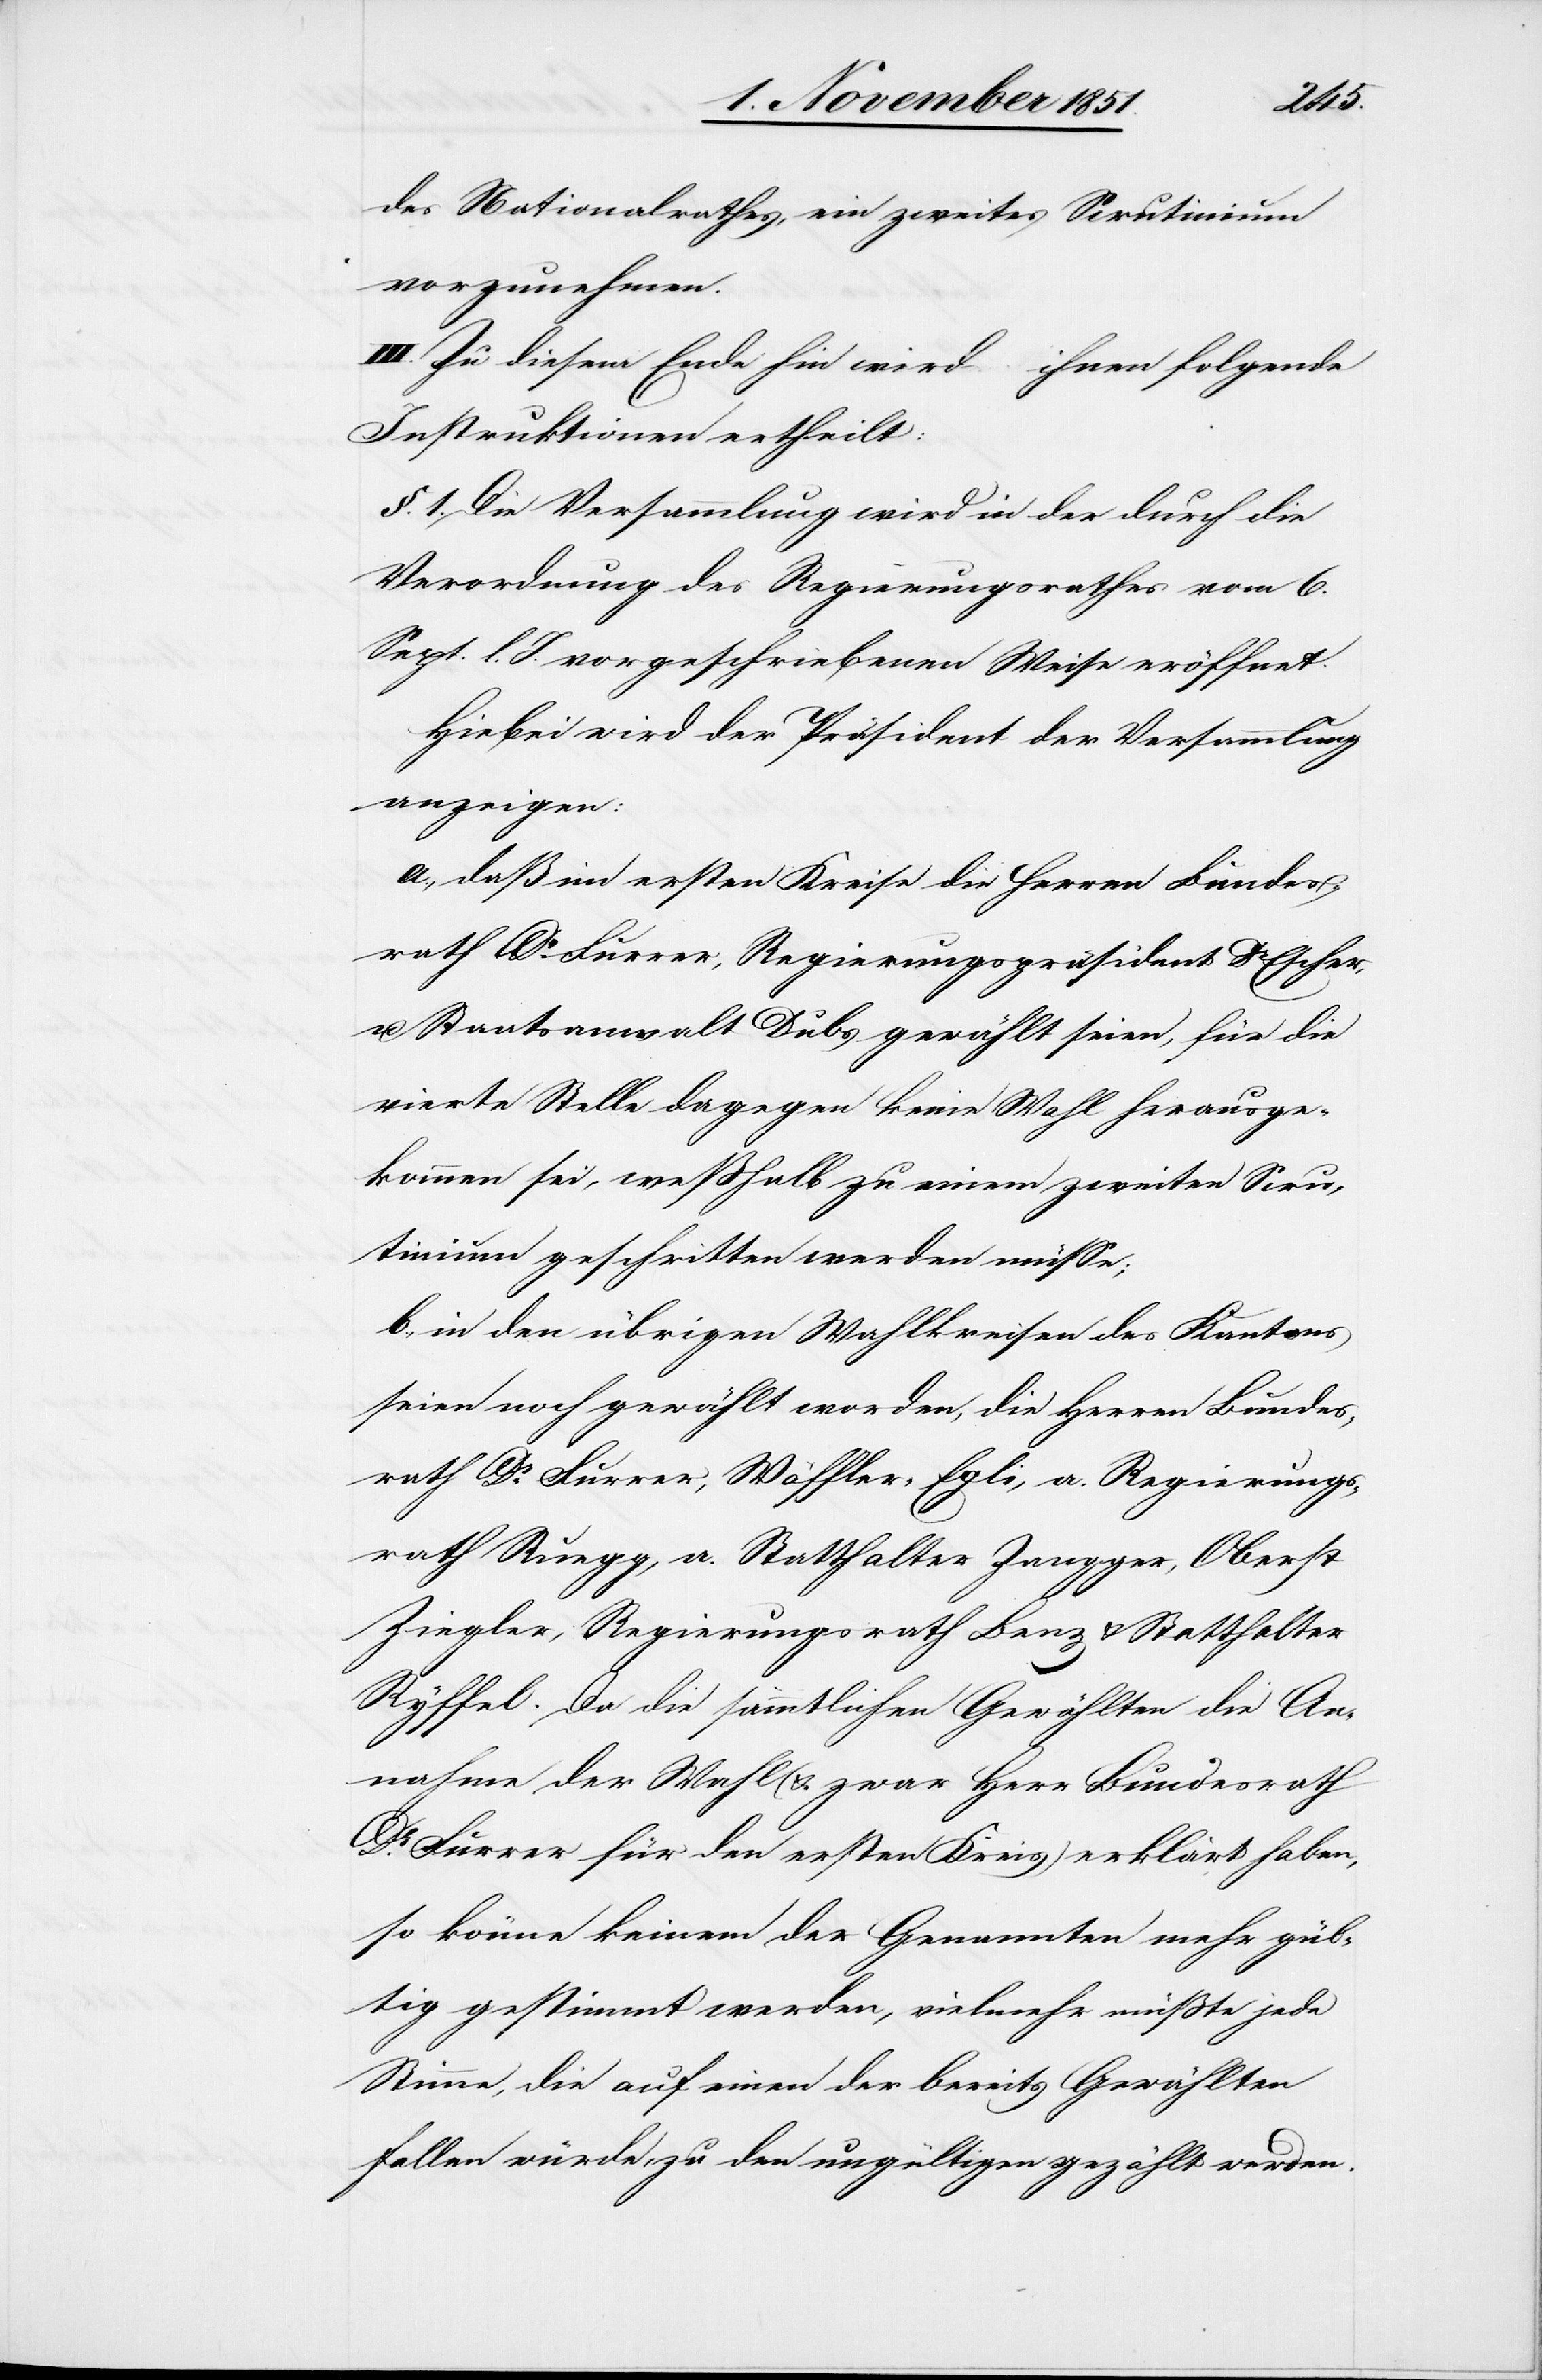
des Nationalrathes, ein zweites Scrutinium
vorzunehmen.
III. Zu diesem Ende hin wird ihnen folgende
Instruktionen ertheilt.
§. 1. Die Versammlung wird in der durch die
Verordnung des Regierungsrathes vom 6.
Sept. l. J. vorgeschriebenen Weise eröffnet.
Hiebei wird der Präsident der Versammlung
anzeigen:
a., daß im ersten Kreise die Herren Bundes¬
rath Dr Furrer, Regierungspräsident Dr Escher,
u. Staatsanwalt Dubs gewählt seien, für die
vierte Stelle dagegen keine Wahl herausge¬
kommen sei, weßhalb zu einem zweiten Scru¬
tinium geschritten werden müsse;
b., in den übrigen Wahlkreisen des Kantons
seien noch gewählt worden, die Herren Bundes¬
rath Dr Furrer, Wäffler-Egli, a. Regierungs¬
rath Ruegg, a. Statthalter Zangger, Oberst
Ziegler, Regierungsrath Benz & Statthalter
Ryffel. Da die sämmtlichen Gewählten die An¬
nahme der Wahl (& zwar Herr Bundesrath
Dr Furrer für den ersten Kreis) erklärt haben,
so könne keinem der Genannten mehr gül¬
tig gestimmt werden, vielmehr müßte jede
Stimme, die auf einen der bereits Gewählten
fallen würde, zu den ungültigen gezählt werden.